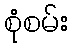
စုံစမ်း